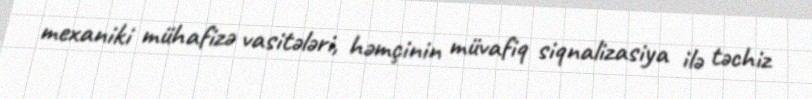
mexaniki mühafizə vasitələri, həmçinin müvafiq siqnalizasiya ilə təchiz